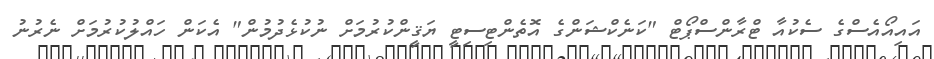
އައިއޯއެސްގެ ސެކުއާ ޓްރާންސްޕޯޓް "ކަނެކްޝަންގެ އޮތެންޓިސިޓީ ޔަޤީންކުރުމަށް ނުކުޅެދުމުން" އެކަން ހައްލުކުރުމަށް ނެރުނު